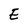
Character: E